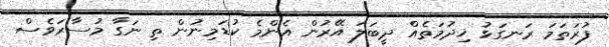
ފުރަތަމަ ރަނގަޅު ޚިދުމަތެއް ދީބަލަ އޭރުން އެންމެ ކުޑަމިނުން ތި ނަގާ މުސާރަވެސް